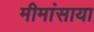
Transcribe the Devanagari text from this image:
मीमांसाया